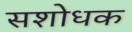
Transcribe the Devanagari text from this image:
सशोधक